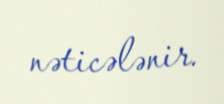
nəticələnir.